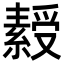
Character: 𬗾